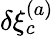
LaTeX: \delta\xi_{c}^{(a)}